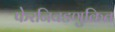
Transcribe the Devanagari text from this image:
फेरनिवडणुकित